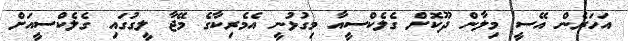
އަހަރެން އޭސީ މިލާން ދޫކޮށް ގެލެކްސީއާ މިގުޅުނީ އެމެރިކާގެ މޭޖާ ލީގުގައި ގެލެކްސީއަށް